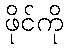
ဖိုင်ကို